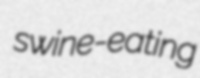
swine-eating